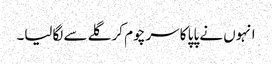
انہوں نے پاپا کا سر چوم کر گلے سے لگالیا۔